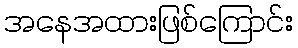
အနေအထားဖြစ်ကြောင်း